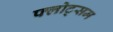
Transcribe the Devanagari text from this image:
फ्लोट्सम